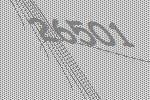
26501